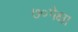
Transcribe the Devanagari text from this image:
७०पेक्षा